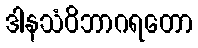
ဒါနသံဝိဘာဂရတော